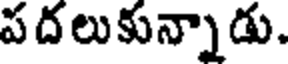
ప దలుకున్నాడు.